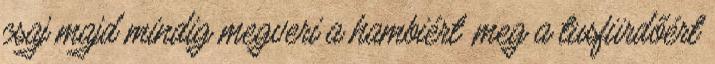
csaj majd mindig megveri a hambiért ,meg a tusfürdőért